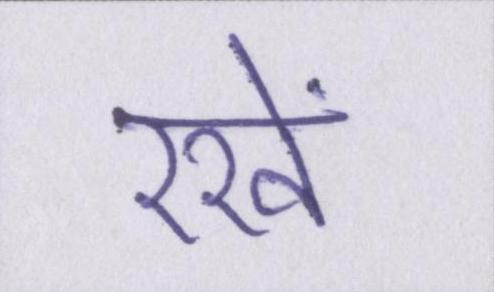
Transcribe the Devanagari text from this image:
रखें